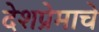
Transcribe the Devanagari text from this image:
देशप्रेमाचे